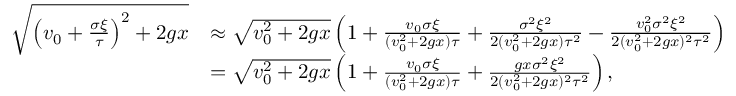
\begin{array} { r l } { \sqrt { \left( v _ { 0 } + \frac { \sigma \xi } { \tau } \right) ^ { 2 } + 2 g x } } & { \approx \sqrt { v _ { 0 } ^ { 2 } + 2 g x } \left( 1 + \frac { v _ { 0 } \sigma \xi } { ( v _ { 0 } ^ { 2 } + 2 g x ) \tau } + \frac { \sigma ^ { 2 } \xi ^ { 2 } } { 2 ( v _ { 0 } ^ { 2 } + 2 g x ) \tau ^ { 2 } } - \frac { v _ { 0 } ^ { 2 } \sigma ^ { 2 } \xi ^ { 2 } } { 2 ( v _ { 0 } ^ { 2 } + 2 g x ) ^ { 2 } \tau ^ { 2 } } \right) } \\ & { = \sqrt { v _ { 0 } ^ { 2 } + 2 g x } \left( 1 + \frac { v _ { 0 } \sigma \xi } { ( v _ { 0 } ^ { 2 } + 2 g x ) \tau } + \frac { g x \sigma ^ { 2 } \xi ^ { 2 } } { 2 ( v _ { 0 } ^ { 2 } + 2 g x ) ^ { 2 } \tau ^ { 2 } } \right) , } \end{array}